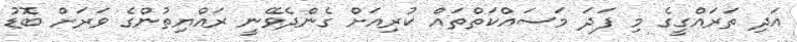
އަދި ތަރައްގީގެ މި ފަދަ މަސައްކަތްތައް ކުރިއަށް ގެންދެވޭނީ ރައްޔިތުންގެ ވަރަށް ބޮޑު